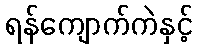
ရန်ကျောက်ကဲနှင့်